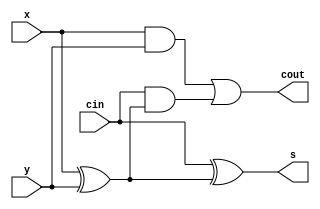
module fadder(x, y, cin, s, cout);   //b? full adder
input x, y, cin;
output s, cout;
wire m1,m2,m3;
xor(m1,x,y);
xor(s,cin,m1);
and(m2,cin,m1);
and(m3,x,y);
or(cout,m3,m2);
endmodule

module add9b(a2, b2, ci2, s2, cout2);  ///b? c?ng tr? 8 bit
input[8:0] a2,b2;
input ci2; 
output[8:0] s2;
output cout2;
wire[7:0] w;
wire[8:0] t;
xor(t[0], b2[0], ci2);
xor(t[1], b2[1], ci2);
xor(t[2], b2[2], ci2);
xor(t[3], b2[3], ci2);
xor(t[4], b2[4], ci2);
xor(t[5], b2[5], ci2); 
xor(t[6], b2[6], ci2);
xor(t[7], b2[7], ci2);
xor(t[8], b2[8], ci2);
fadder fadder1(a2[0], t[0], ci2, s2[0],w[0]);
fadder fadder2(a2[1], t[1], w[0], s2[1],w[1]);
fadder fadder3(a2[2], t[2], w[1], s2[2],w[2]);
fadder fadder4(a2[3], t[3], w[2], s2[3],w[3]);
fadder fadder5(a2[4], t[4], w[3], s2[4],w[4]);
fadder fadder6(a2[5], t[5], w[4], s2[5],w[5]);
fadder fadder7(a2[6], t[6], w[5], s2[6],w[6]);   
fadder fadder8(a2[7], t[7], w[6], s2[7],w[7]);
fadder fadder9(a2[8], t[8], w[7], s2[8],cout2);
endmodule

module normalizeExpo(num,expo,newexp);   //b? chu?n ha 8 bit m? s? (Exponent)
input[4:0] num;
input[8:0] expo;
output[8:0] newexp;
wire co;
add9b chuanhoamu(expo, {4'b0,num[4:0]},1'b1,newexp,co);
endmodule